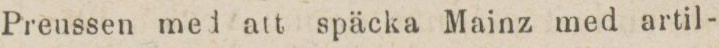
Preussen med att späcka Mainz med artil-